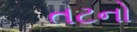
તટનો